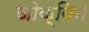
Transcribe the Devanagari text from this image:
जोक्विन